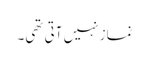
نماز نہیں آتی تھی۔